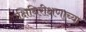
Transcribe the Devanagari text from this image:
पक्षिनिरीक्षणाच्या